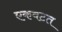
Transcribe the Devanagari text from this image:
एकवटत